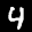
Label: 4